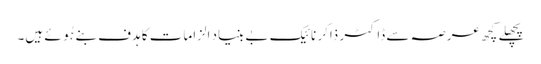
پچھلے کچھ عرصہ سے ڈاکٹر ذاکر نائیک بے بنیاد الزامات کا ہدف بنے ہُوئے ہیں۔